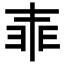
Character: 𠁰